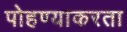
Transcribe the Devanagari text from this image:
पोहण्याकरता